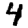
Digit: 4